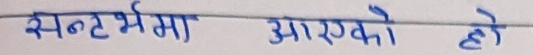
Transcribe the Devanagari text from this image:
सन्ट भर्मा आएको हो